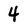
Character: 4